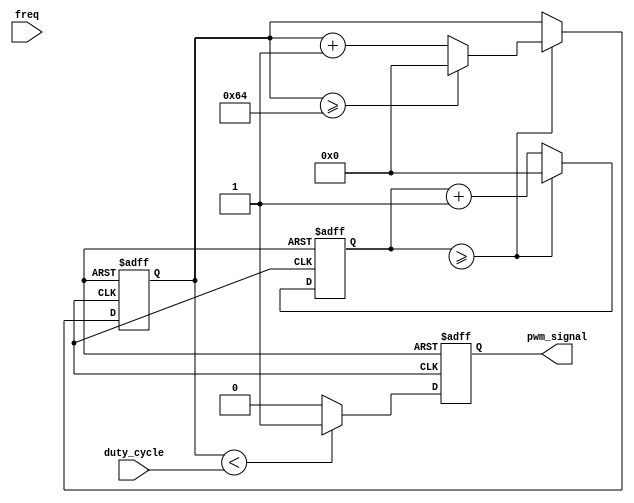
module PWM_generator(
    input wire freq,
    input wire duty_cycle,
    output reg pwm_signal
);

reg [31:0] counter;
reg [31:0] threshold;

always @ (posedge clk or negedge rst) begin
    if(!rst) begin
        counter <= 0;
        threshold <= 0;
    end else begin
        counter <= counter + 1;
        if (counter >= frequency) begin
            counter <= 0;
            threshold <= threshold + 1;
            if (threshold >= 100) begin
                threshold <= 0;
            end
        end
    end
end

always @ (posedge clk or negedge rst) begin
    if(!rst) begin
        pwm_signal <= 1'b0;
    end else begin
        if (threshold < duty_cycle) begin
            pwm_signal <= 1'b1;
        end else begin
            pwm_signal <= 1'b0;
        end
    end
end

endmodule